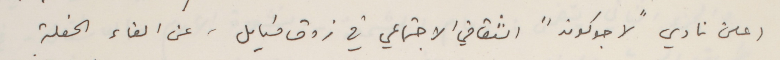
اعلن نادي "لا جوكوند" الثقافي الاجتماعي في زوق مكايل، عن الغاء الحفلة